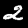
Digit: 2